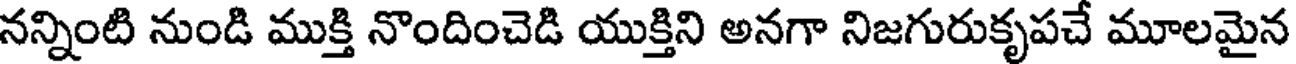
నన్నింటి నుండి ముక్తి నొందించెడి యుక్తిని అనగా నిజగురుకృపచే మూలమైన